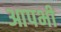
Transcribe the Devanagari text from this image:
आपभी